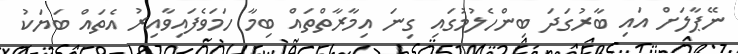
ނޭޕާލަށް އައި ބާރުގަދަ ބިންހެލުމުގައި ގިނަ އިމާރާތްތައް ބިމާ ހަމަވެފައިވާއިރު އެތައް ބަޔަކު